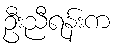
ဦးညီရန်းက